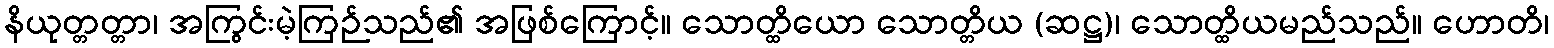
နိယုတ္တတ္တာ၊ အကြွင်းမဲ့ကြဉ်သည်၏ အဖြစ်ကြောင့်။ သောတ္ထိယော သောတ္တိယ (ဆဋ္ဌ)၊ သောတ္ထိယမည်သည်။ ဟောတိ၊